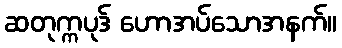
ဆတုက္ကပုဒ် ဟောအပ်သောအနက်။